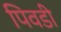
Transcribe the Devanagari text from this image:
पिवडी